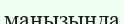
маңызында